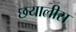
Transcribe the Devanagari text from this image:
छयालीस